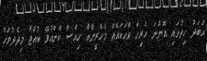
އަބަދު ހިތުގައި އޮންނަ ހުރިހާ ވާހަކައެއް މެހެރީންއާ ހިއްސާ ކޮށްއުޅޭ ކުއްޖާ މިދެދުވަހު